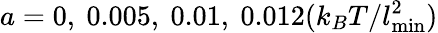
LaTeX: a=0,~0.005,~0.01,~0.012(k_{B}T/l_{\mathrm{min}}^{2})